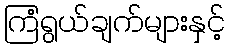
ကြံရွယ်ချက်များနှင့်